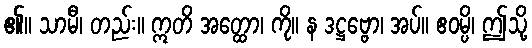
၏။ သာမီ၊ တည်း။ ဣတိ အတ္ထော၊ ကို။ န ဒဋ္ဌဗ္ဗော၊ အပ်။ ဧဝမ္ပိ၊ ဤသို့